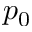
p _ { 0 }